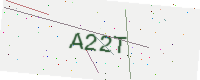
Text: A22T